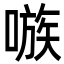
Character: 嗾